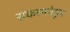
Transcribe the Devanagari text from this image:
संकल्पनेहून